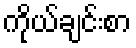
ကိုယ်ချင်းစာ